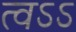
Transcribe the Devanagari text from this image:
त्वऽऽ